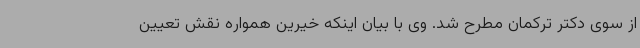
از سوی دکتر ترکمان مطرح شد. وی با بیان اینکه خیرین همواره نقش تعیین